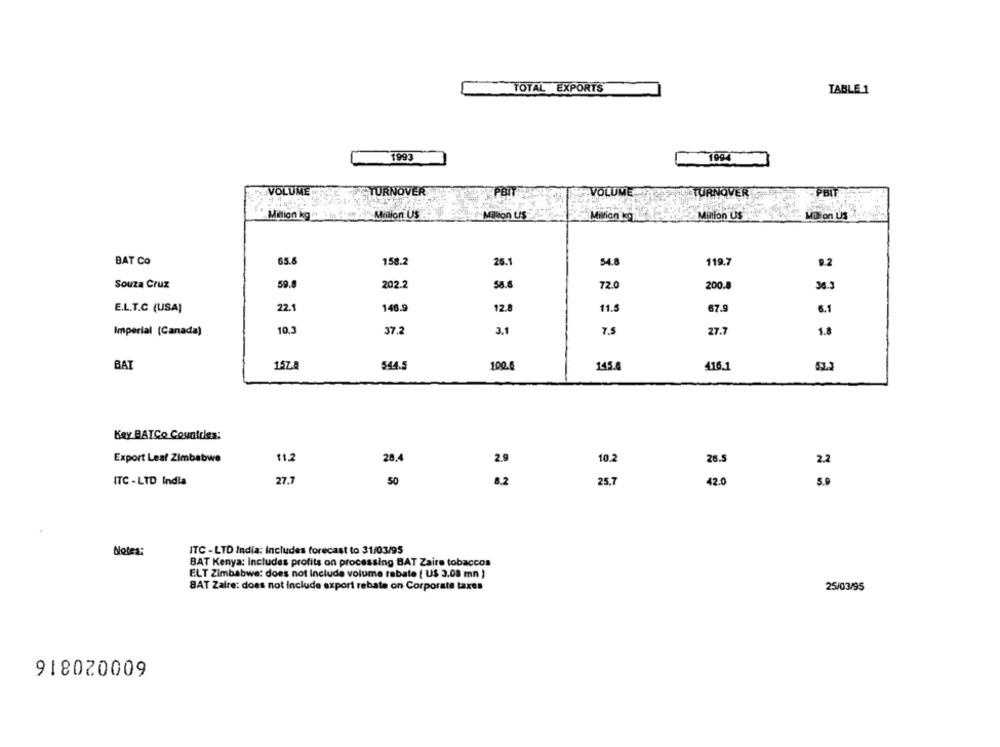
TOTAL EXPORTS
TABLE 1
1993
1994
VOLUME
TURNOVER
PBIT
VOLUME
TURNOVER
PBIT
Milion kg
Million US
"Million US
Million kg
Million US
MBFon US
BAT Co
65.6
158.2
25.
54.8
119.7
9.2
59.8
202.2
58.0
72.0
Souza Cruz
200.8
36.3
22.1
146.9
12.
$1.5
67.9
E.L.T.C (USA)
6.1
10.3
Imperial (Canada)
37.2
3.1
7.5
27.7
1.8
BAT
15Z.B
544.5
100.6
145.8
416.1
53.
Kay BATCo Countries:
Export Leaf Zimbabwe
11.2
28.4
2.9
10.2
25.5
2.2
ITC - LTD India
27.7
50
8.2
25.7
42.0
Notes:
ITC - LTD India: includes forecast to 31/03/95
BAT Kenya: Includes profits on processing BAT Zaire tobaccos
ELT Zimbabwe: does not Include volume rebate ( U$ 3.08 mn )
BAT Zaire: does not include export rebate on Corporate taxes
25/03/95
918020009